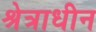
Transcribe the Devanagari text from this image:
श्रेत्राधीन